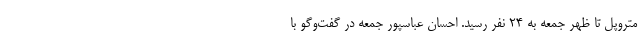
متروپل تا ظهر جمعه به ۲۴ نفر رسید. احسان عباسپور جمعه در گفت‌وگو با